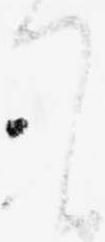
て